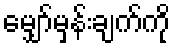
မျှော်မှန်းချက်ကို